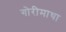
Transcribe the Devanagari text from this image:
गोरीमाथा